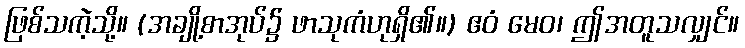
ဖြစ်သကဲ့သို့။ (အချို့စာအုပ်၌ ဖာသုကံဟုရှိ၏။) ဧဝံ မေဝ၊ ဤအတူသလျှင်။